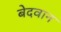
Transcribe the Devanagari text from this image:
बेदवान